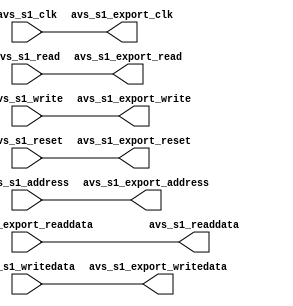
/*  Save Register Files Definition

Slave:
	offset 0: Address: 32-bits start address
	offset 2: control:
	offset 1: status:


*/

module CAMERA_IF(	//	avalon MM slave port, ISP1362, host control
					// global
					//===== avalon MM s1 slave (read/write)
					// read/write
					avs_s1_clk,
					avs_s1_address,
					avs_s1_readdata,
					avs_s1_read,
					avs_s1_writedata,
					avs_s1_write,
					avs_s1_reset,
					//
					
					//===== Interface s1 to export
					// read/write
					avs_s1_export_clk,
					avs_s1_export_address,
					avs_s1_export_readdata,
					avs_s1_export_read,
					avs_s1_export_writedata,
					avs_s1_export_write,
					avs_s1_export_reset
				
					
			
				 );
				
/*****************************************************************************
 *                           Parameter Declarations                          *
 *****************************************************************************/


/*****************************************************************************
 *                             Internal Wire/Register                         *
 *****************************************************************************/


/*****************************************************************************
 *                             Port Declarations                             *
 *****************************************************************************/
 // s1
input				avs_s1_clk;
input	[1:0]		avs_s1_address;
output	[31:0]		avs_s1_readdata;
input				avs_s1_read;
input	[31:0]		avs_s1_writedata;
input				avs_s1_write;
input				avs_s1_reset;



					//

//===== Interface to export
// s1
output				avs_s1_export_clk;
output	[1:0]		avs_s1_export_address;
input	[31:0]		avs_s1_export_readdata;
output				avs_s1_export_read;
output	[31:0]		avs_s1_export_writedata;
output				avs_s1_export_write;
output				avs_s1_export_reset;



/*****************************************************************************
 *                            Sequence logic                                  *
 *****************************************************************************/
 


/*****************************************************************************
 *                            Combinational logic                            *
 *****************************************************************************/
// s1
assign	avs_s1_export_clk = avs_s1_clk;
assign	avs_s1_export_address = avs_s1_address;
assign	avs_s1_readdata = avs_s1_export_readdata;
assign	avs_s1_export_read = avs_s1_read;
assign	avs_s1_export_writedata = avs_s1_writedata;
assign	avs_s1_export_write = avs_s1_write;
assign	avs_s1_export_reset = avs_s1_reset;


endmodule